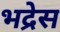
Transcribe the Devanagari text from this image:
भद्रेस